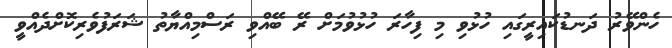
ހެންވޭރު ދަނޑުކައިރީގައި ހުޅުވި މި ފިހާރަ ހުޅުވުމަށް ރޭ ބޭއްވި ރަސްމިއްޔާތު ޝަރަފުވެރިކޮށްދެއްވީ